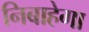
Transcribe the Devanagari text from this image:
निबाहेगा